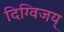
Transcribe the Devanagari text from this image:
दिग्विजय्